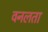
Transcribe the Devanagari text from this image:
वनलता